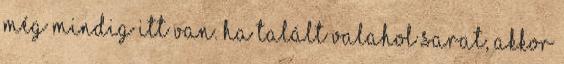
még mindig itt van. Ha talált valahol sarat, akkor